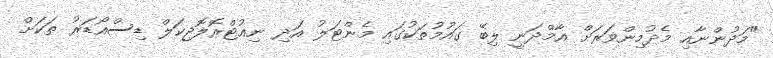
"މަދުންނާއި މެދުމިންވަރަށް އާމްދަނީ ލިބޭ ގައުމުތަކުގައި މެންޓަލު އަދި ނިއުޓްރޮލޮޖިކަލް ޑިސްއޯޑަރު ތަކަށް